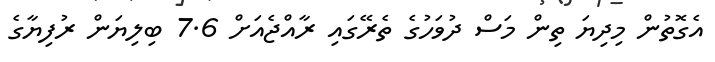
އެގޮތުން މިދިޔަ ތިން މަސް ދުވަހުގެ ތެރޭގައި ރާއްޖެއަށް 7.6 ބިލިޔަން ރުފިޔާގެ